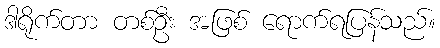
ဒါရိုက်တာ တစ်ဦး အဖြစ် ရောက်ရပြန်သည်။